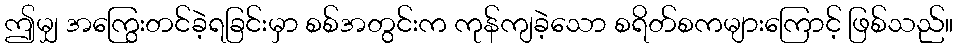
ဤမျှ အကြွေးတင်ခဲ့ရခြင်းမှာ စစ်အတွင်းက ကုန်ကျခဲ့သော စရိတ်စကများကြောင့် ဖြစ်သည်။